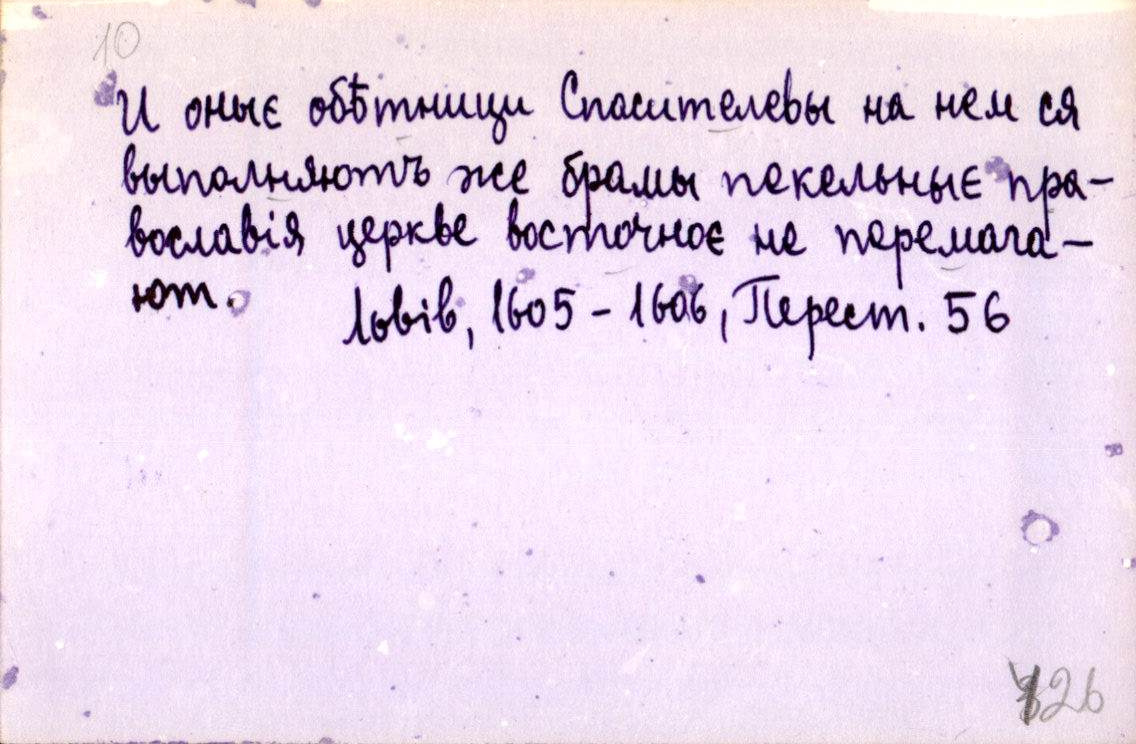
И оныє обѣтници Спасителевы на нем ся
выполняютъ же брамы пекельныє пра-
вославія церкве восточноє не перемага-
ютъ.
Львів, 1605-1606, Перест. 56